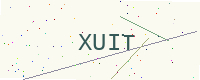
Text: XUIT